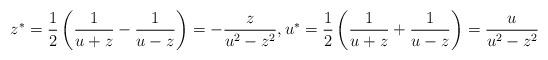
LaTeX: \begin{gather*}z^{\ast}=\frac{1}{2}\left( \frac{1}{u+z}-\frac{1}{u-z}\right) =-\frac{z}{u^{2}-z^{2}}, u^{\ast}=\frac{1}{2}\left( \frac{1}{u+z}+\frac{1}{u-z}\right)=\frac{u}{u^{2}-z^{2}}\end{gather*}